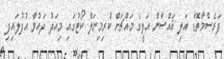
ފަރެސްމާތޮޑާ އަލި ޣައްސާން އަލީގެ މައްޗަށް ކްރިމިނަލް ކޯޓުގައި މިއަދު ދައުވާ އުފުލައިފި